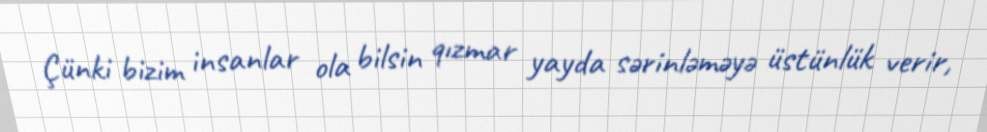
Çünki bizim insanlar ola bilsin qızmar yayda sərinləməyə üstünlük verir,